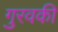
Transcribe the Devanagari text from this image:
गुरवकी